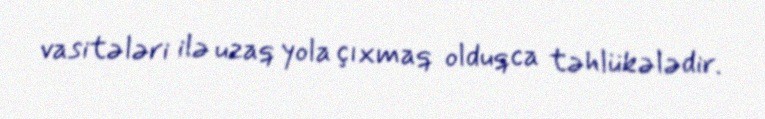
vasitələri ilə uzaq yola çıxmaq olduqca təhlükələdir.